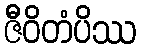
ဇီဝိတံပိဿ